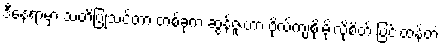
ဒီနေရာမှာ သတိပြုသင့်တာ တစ်ခုက ဆွန်ဇူးဟာ ဗိုလ်ကျစိုးမိုးလိုစိတ် ပြင်းထန်တဲ့